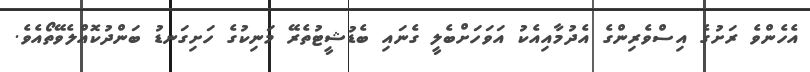
އެހެންވެ ރަށުގެ އިސްވެރިންގެ އެދުމާއިއެކު އަވަހަށްބެލީ ގެނައި ބެޑުޝީޓުތެރޭ މަނިކުގެ ހަށިގަނޑު ބަންދުކޮއްލެވޭތޯއެވެ.